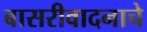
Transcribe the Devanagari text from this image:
बासरीवादनाचे